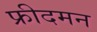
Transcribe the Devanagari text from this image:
फ्रीदमन